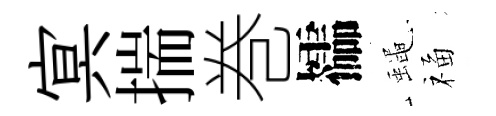
㝠揣巻櫺蠅福